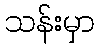
သန်းမှာ